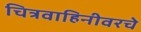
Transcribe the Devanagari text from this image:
चित्रवाहिनीवरचे